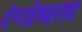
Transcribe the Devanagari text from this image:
रंगांधता